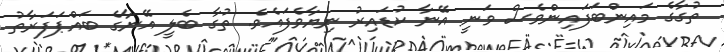
ތުގާގެ މައިންބަފައިންވެސް ވަނީ އޭނާ ކުޑައިރު ނިޔާވެފައެވެ. ތުގާ ބެލީ އޭނާގެ ބައްޕަފަރާތު